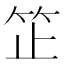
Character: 䇛